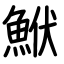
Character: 鮲